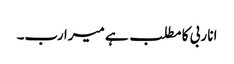
انا ربی کا مطلب ہے میرا رب۔